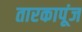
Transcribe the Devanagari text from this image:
तारकापूंज